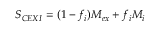
S _ { C E X I } = ( 1 - f _ { i } ) M _ { e x } + f _ { i } M _ { i }